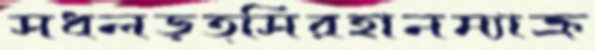
সধলড়ত্সিরহানম্যাক্র